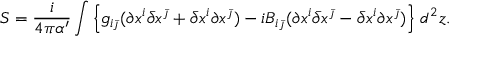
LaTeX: S = \frac i { 4 \pi \alpha ^ { \prime } } \int \left\{ g _ { i \bar { \jmath } } ( \partial x ^ { i } \bar { \partial } x ^ { \bar { \jmath } } + \bar { \partial } x ^ { i } \partial x ^ { \bar { \jmath } } ) - i B _ { i \bar { \jmath } } ( \partial x ^ { i } \bar { \partial } x ^ { \bar { \jmath } } - \bar { \partial } x ^ { i } \partial x ^ { \bar { \jmath } } ) \right\} \, d ^ { 2 } z .